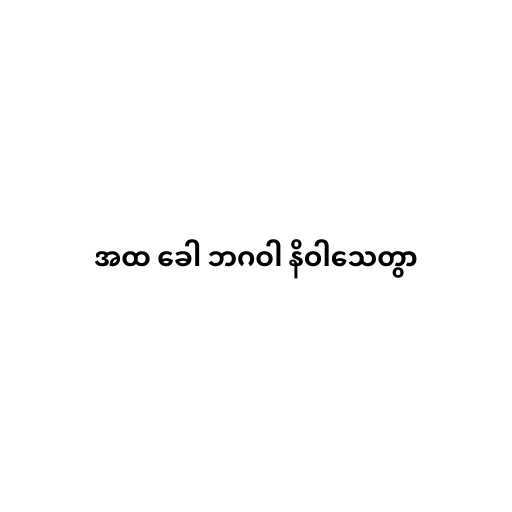
အထ ခေါ ဘဂဝါ နိဝါသေတွာ